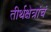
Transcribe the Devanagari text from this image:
तीर्थक्षेत्रांचं